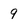
Character: 9